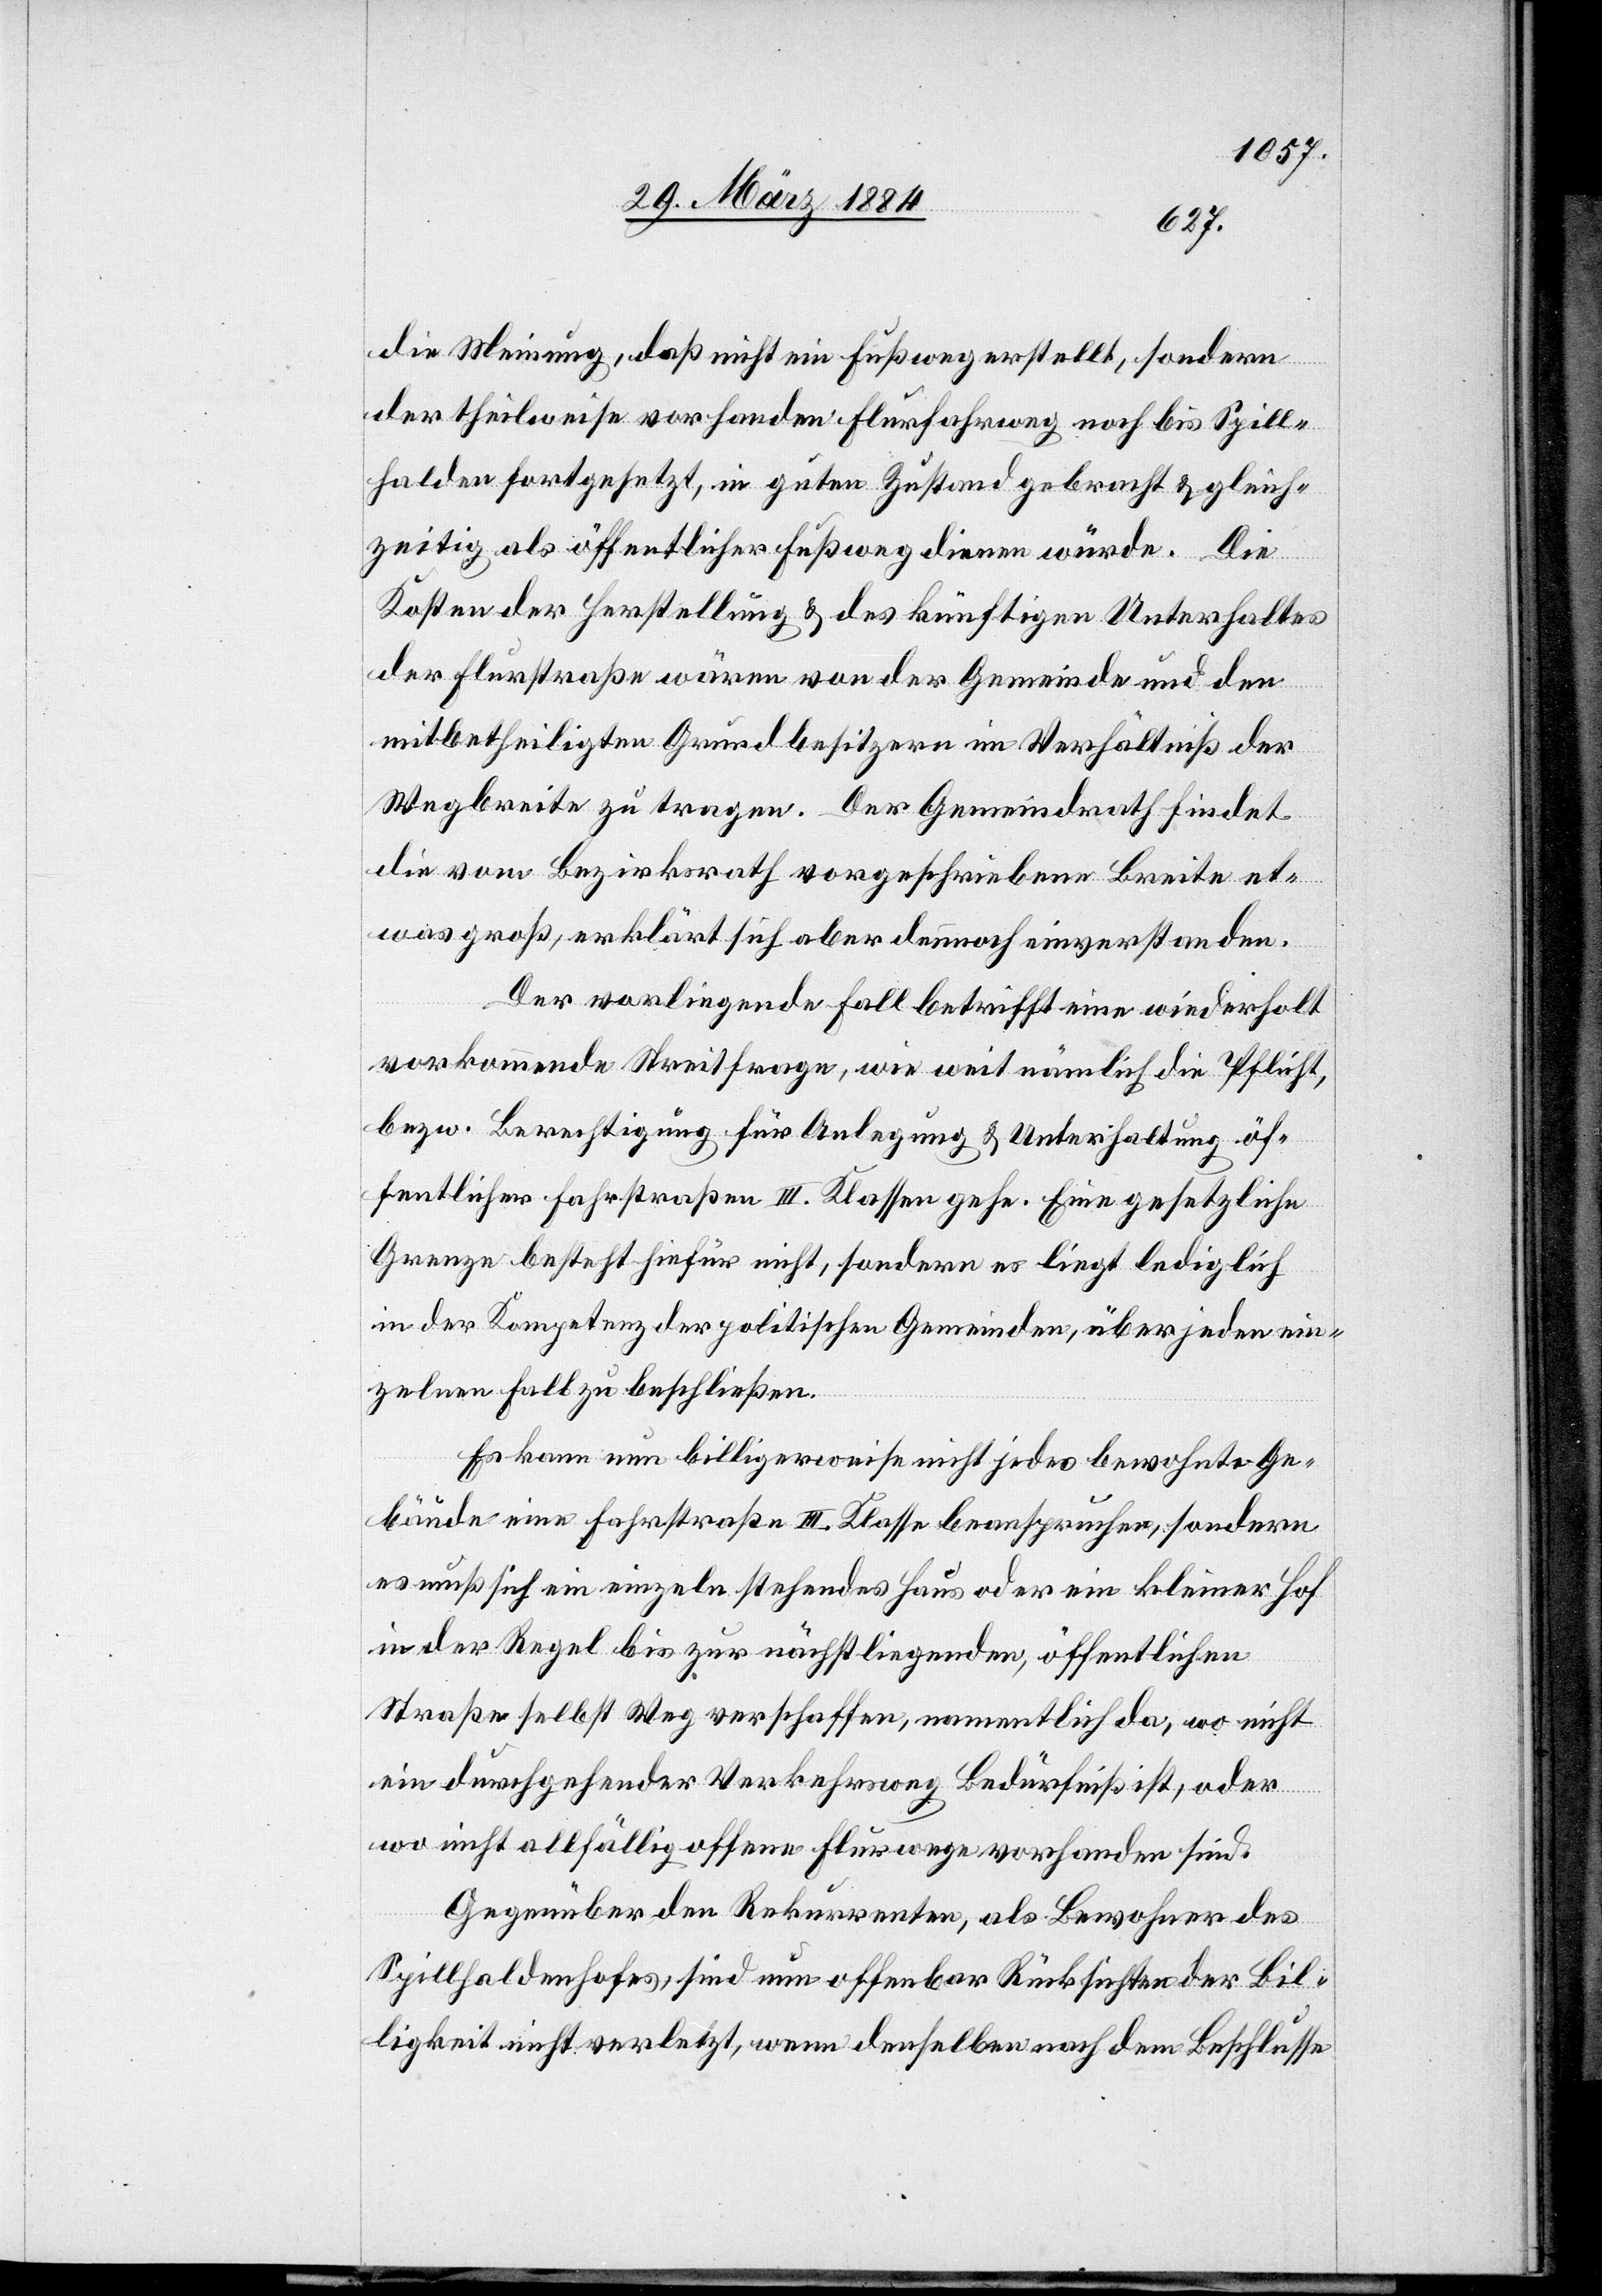
die Meinung, daß nicht ein Fußweg erstellt, sondern
der theilweise vorhandene Flurfahrweg noch bis Spill¬
halden fortgesetzt, in guten Zustand gebracht & gleich¬
zeitig als öffentlicher Fußweg dienen würde. Die
Kosten der Herstellung & des künftigen Unterhaltes
der Flurstraße wären von der Gemeinde und den
mitbetheiligten Grundbesitzern im Verhältniß der
Wegbreite zu tragen. Der Gemeindrath findet
die vom Bezirksrath vorgeschriebene Breite et¬
was groß, erklärt sich aber dennoch einverstanden.
Der vorliegende Fall betrifft eine wiederholt
vorkommende Streitfrage, wie weit nämlich die Pflicht,
bzw. Berechtigung für Anlegung & Unterhaltung öf¬
fentlicher Fahrstraßen III. Klasse gehe. Eine gesetzliche
Grenze besteht hiefür nicht, sondern es liegt lediglich
in der Kompetenz der politischen Gemeinden, über jeden ein¬
zelnen Fall zu beschließen.
Es kann nun billigerweise nicht jedes bewohnte Ge¬
bäude eine Fahrstraße III. Klasse beanspruchen, sondern
es muß sich ein einzel stehendes Haus oder ein kleiner Hof
in der Regel bis zur nächstliegenden, öffentlichen
Straße selbst Weg verschaffen, namentlich da, wo nicht
ein durchgehender Verkehrsweg Bedürfniß ist, oder
wo nicht allfällig offene Flurwege vorhanden sind.
Gegenüber den Rekurrenten, als Bewohner des
Spillhaldenhofes, sind nun offenbar Rücksichten der Bil¬
ligkeit nicht verletzt, wenn denselben nach dem Beschlusse